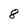
Character: 8